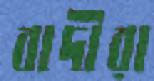
বাদীরা